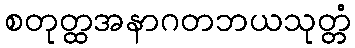
စတုတ္ထအနာဂတဘယသုတ္တံ